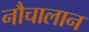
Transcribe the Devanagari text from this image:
नौचालान